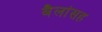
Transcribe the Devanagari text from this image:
बैलांसह